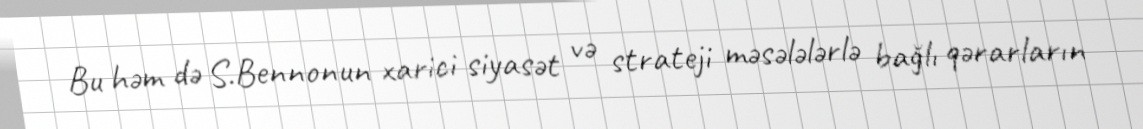
Bu həm də S.Bennonun xarici siyasət və strateji məsələlərlə bağlı qərarların